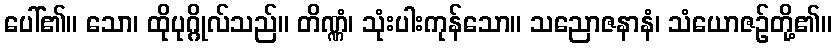
ပေါ်၏။ သော၊ ထိုပုဂ္ဂိုလ်သည်။ တိဏ္ဏံ၊ သုံးပါးကုန်သော။ သညောဇနာနံ၊ သံယောဇဉ်တို့၏။